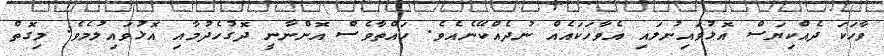
ވާހަކަ ދެއްކިޔަސް އޮޅުވައިނުލައި އެވާހަކައެއް ނުދެއްކޭނެއެވެ. ހައްތާވެސް އޮންނާނީ ދޮގުހެދުމާއި އޮޅުވައިލުމެވެ. މިގޮތް